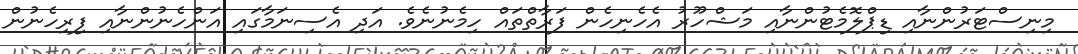
މިނިސްޓަރުންނާއި ޑިޕްލޮމެޓުންނާއި މަޝްހޫރު އެހެނިހެން ފަރާތްތައް ހިމެނުނެވެ. އަދި އެސިނަމާގައި އަންހެނުންނާއި ފިރިހެނުން